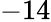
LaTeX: -14